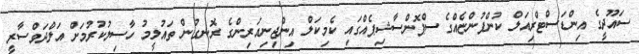
ސައޫދީގެ އިންޑަސްޓްރިއަލް ކުންފުންޏެއްގެ ސްޕޮންސާޝިޕެއްގައި ކެމިކަލް އިންޖިނިއަރިންގެ ރޮނގުން ތައުލީމު ހާސިލުކުރުމަށް އަލްދަވްސާރީ